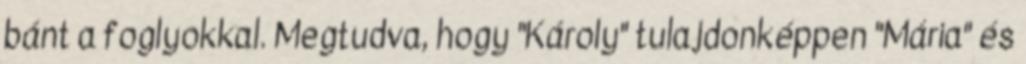
bánt a foglyokkal. Megtudva, hogy "Károly" tulajdonképpen "Mária" és